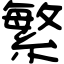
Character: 繁